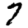
Digit: 7